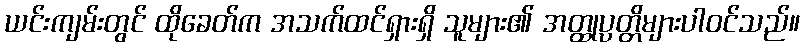
ယင်းကျမ်းတွင် ထိုခေတ်က အသက်ထင်ရှားရှိ သူများ၏ အတ္ထုပ္ပတ္တိများပါဝင်သည်။